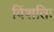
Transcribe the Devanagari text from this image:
विंशतिः